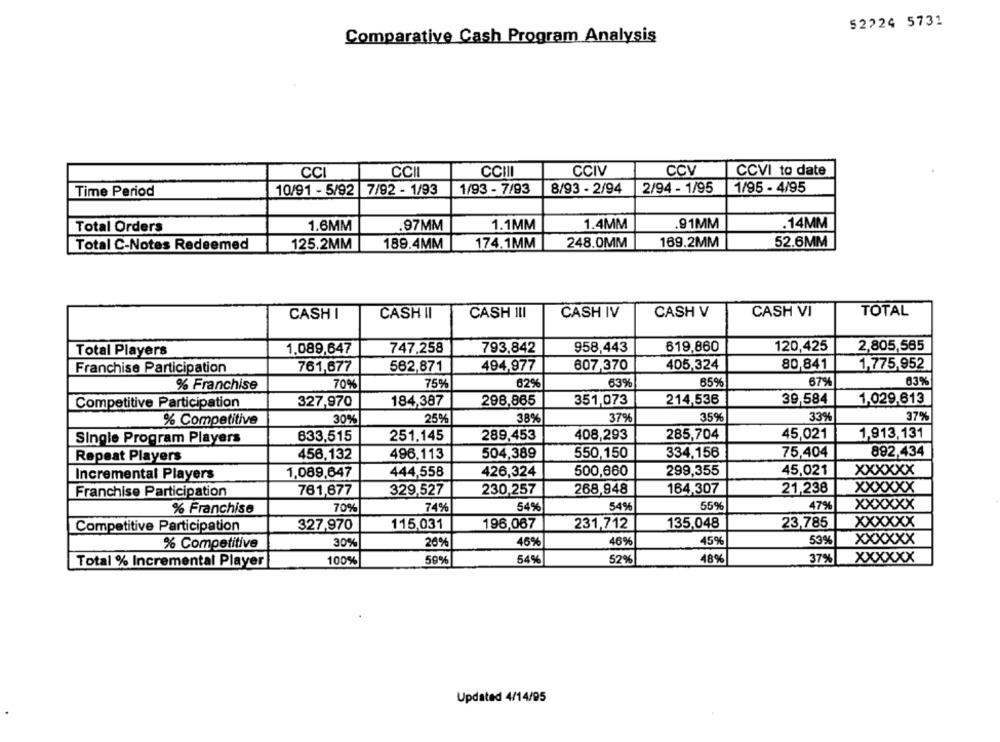
52224 5731
Comparative Cash Program Analysis
CCV
CCI
CCHI
CCIII
CCIV
CCVI to date
Time Period
10/91 - 5/92 7/92 - 1/93
1/93 - 7/93
8/93 - 2/94
2/94 - 1/95
1/95 - 4/95
Total Orders
1.6MM
.97MM
1.1MM
1.4MM
91MM
.14MM
174.1MM
248.0MM
169.2MM
52.6MM
Total C-Notes Redeemed
125.2MM
189.4MM
CASH I
CASH II
CASH ILI
CASH IV
CASH V
CASH VI
TOTAL
747,258
793,842
958,443
619,860
120,425
2,805,585
Total Players
1.089,647
Franchise Participation
761,677
562,871
494,977
607,370
405,324
80,841
1,775,952
% Franchise
70%
75%
62%
63%
65%
67%
63%
214,536
39,584
1,029,613
Competitive Participation
327,970
184,387
298.865
351,073
% Competitive
30%
25%
38%
37%
359
339
37%
633,515
251.145
289,453
408,293
285,704
45,021
1,913,131
Single Program Players
892,434
Repeat Players
456,132
496,113
504,389
550,150
334,156
75,404
1,089,647
444,558
426,324
500,660
299,355
45,021
xxxxxx
Incremental Players
268,948
164,307
21,238
xxxxxx
Franchise Participation
761,677
329,527
230,257
47%
% Franchise
70%
74%
54%
549
559
xxxxxx
327,970
115,031
196,067
231,712
135,048
23,785
xxxxxx
Competitive Participation
30%
45%
46%
45%
53%
xxxxxx
% Competitive
26%
Total % Incremental Player
100%
59%
546
52%
48%
37%
xxxxxx
Updated 4/14/95